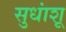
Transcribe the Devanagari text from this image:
सुधांशू